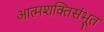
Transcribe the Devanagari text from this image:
आत्मशक्तिसंभूत